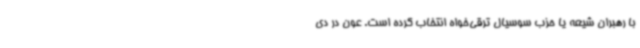
با رهبران شیعه یا حزب سوسیال ترقی‌خواه انتخاب کرده است. عون در دی